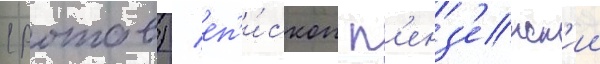
(ротов) / еп'и́скоп п'енз'енск'ии